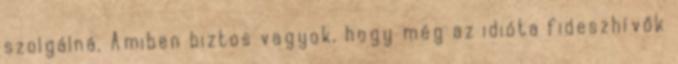
szolgálná. Amiben biztos vagyok, hogy még az idióta fideszhívők